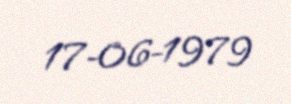
17-06-1979